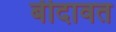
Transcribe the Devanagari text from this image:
बीदावत